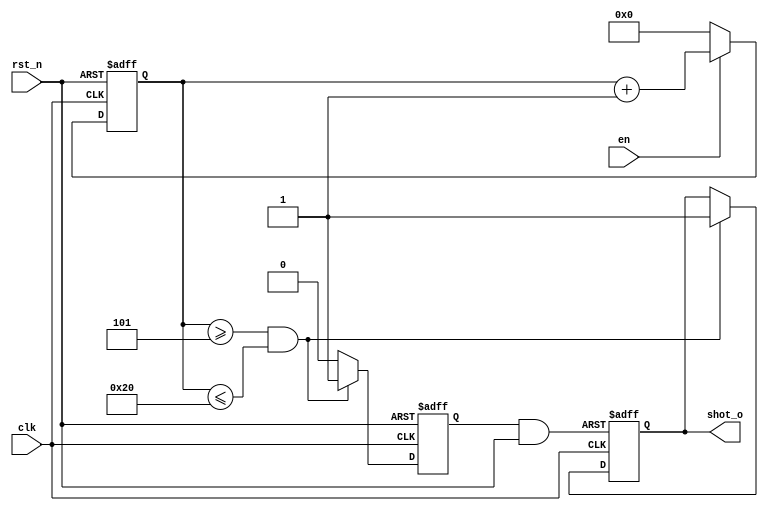


module counter(
    input clk,
    input rst_n,
    input en,

    output shot_o

);

parameter up_pos = 8'h20;
reg [7:0] cnt;
reg shot;
reg shot_rst;
wire sys_rst;
assign shot_o = shot;
assign sys_rst = shot_rst & rst_n;

always@(posedge clk or negedge rst_n) begin
    if(~rst_n) cnt <= 8'h0;
    else if(en) cnt <= cnt + 1'b1;
    else cnt <= 0;
end

always@(posedge clk or negedge sys_rst) begin
    if(~sys_rst) shot <= 1'b0;
    else if(cnt >= 8'h5 && cnt <= 8'h20) shot <= 1'b1;
end

always@(posedge clk or negedge rst_n) begin
    if(~rst_n) shot_rst <= 1'b0;
    else if (cnt >= 8'h5 && cnt <= 8'h20) shot_rst <= 1'b1;
    else shot_rst <= 1'b0;
end


endmodule